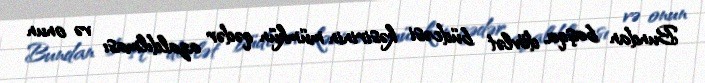
Bundan başqa, dövlət büdcəsi kəsirinin mümkün qədər azaldılması və onun